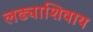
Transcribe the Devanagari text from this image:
लढ्याशिवाय